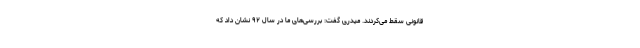
قانونی سقط می‌کردند. میدری گفت: بررسی‌های ما در سال ۹۲ نشان داد که